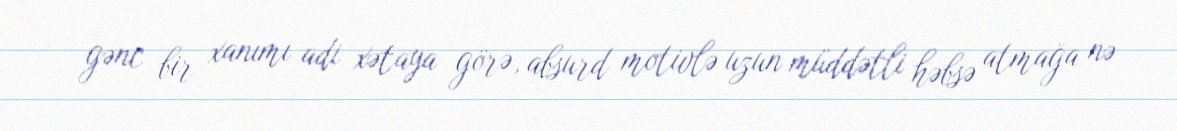
gənc bir xanımı adi xətaya görə, absurd motivlə uzun müddətli həbsə atmağa nə